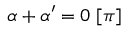
\alpha + \alpha ^ { \prime } = 0 \; [ \pi ]